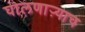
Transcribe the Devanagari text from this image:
घालणाऱ्याच